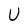
Character: U